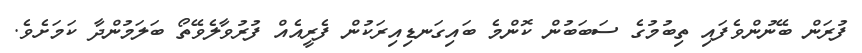
ފުރަން ބޭނުންވެފައި ތިބުމުގެ ސަބަބުން ކޮންމެ ބައިގަނޑިއިރަކުން ފެރީއެއް ފުރުވާލެވޭތޯ ބަލަމުންދާ ކަމަށެވެ.